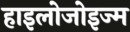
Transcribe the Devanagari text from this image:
हाइलोजोइज्म